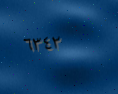
٦٣٤٢